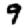
Digit: 9